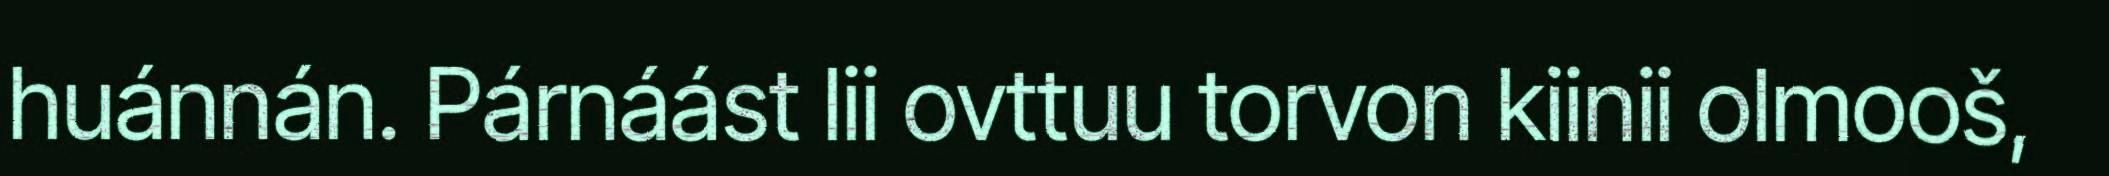
huánnán. Párnáást lii ovttuu torvon kiinii olmooš,